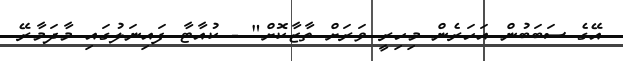
އޭގެ ސަބަބުން އަހަރެން މިހިރީ ވަރަށް ތާޒާކޮށް" - ކުއާޓާ ފައިނަލުގައި މާދަމާރޭ